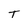
Character: T